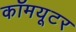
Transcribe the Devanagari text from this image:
कॉमयूटर